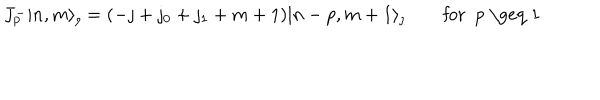
LaTeX: J _ { p } ^ { - } | n , m \rangle _ { \jmath } = ( - \jmath + \jmath _ { 0 } + \jmath _ { 1 } + m + 1 ) | n - p , m + 1 \rangle _ { \jmath } \qquad \mathrm { f o r ~ p ~ \geq ~ 1 ~ }